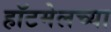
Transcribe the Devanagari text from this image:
हॉटमेलच्या